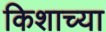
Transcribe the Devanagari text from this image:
किशाच्या